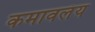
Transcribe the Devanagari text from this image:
कमावलंय